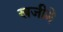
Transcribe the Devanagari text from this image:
खजीने